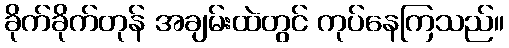
ခိုက်ခိုက်တုန် အချမ်းထဲတွင် ကုပ်နေကြသည်။